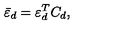
{ \bar { \varepsilon } _ { d } } = \varepsilon _ { d } ^ { T } C _ { d } ,